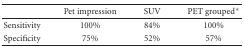
<table><thead><tr><td></td><td><b>Pet impression</b></td><td><b>SUV</b></td><td><b>PET grouped*</b></td></tr></thead><tbody><tr><td>Sensitivity</td><td>100%</td><td>84%</td><td>100%</td></tr><tr><td>Specificity</td><td>75%</td><td>52%</td><td>57%</td></tr></tbody></table>